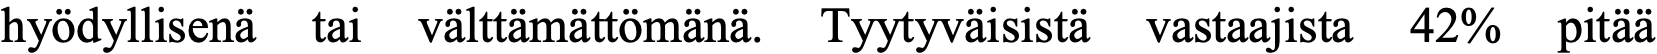
hyödyllisenä tai välttämättömänä. Tyytyväisistä vastaajista 42% pitää